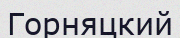
Горняцкий